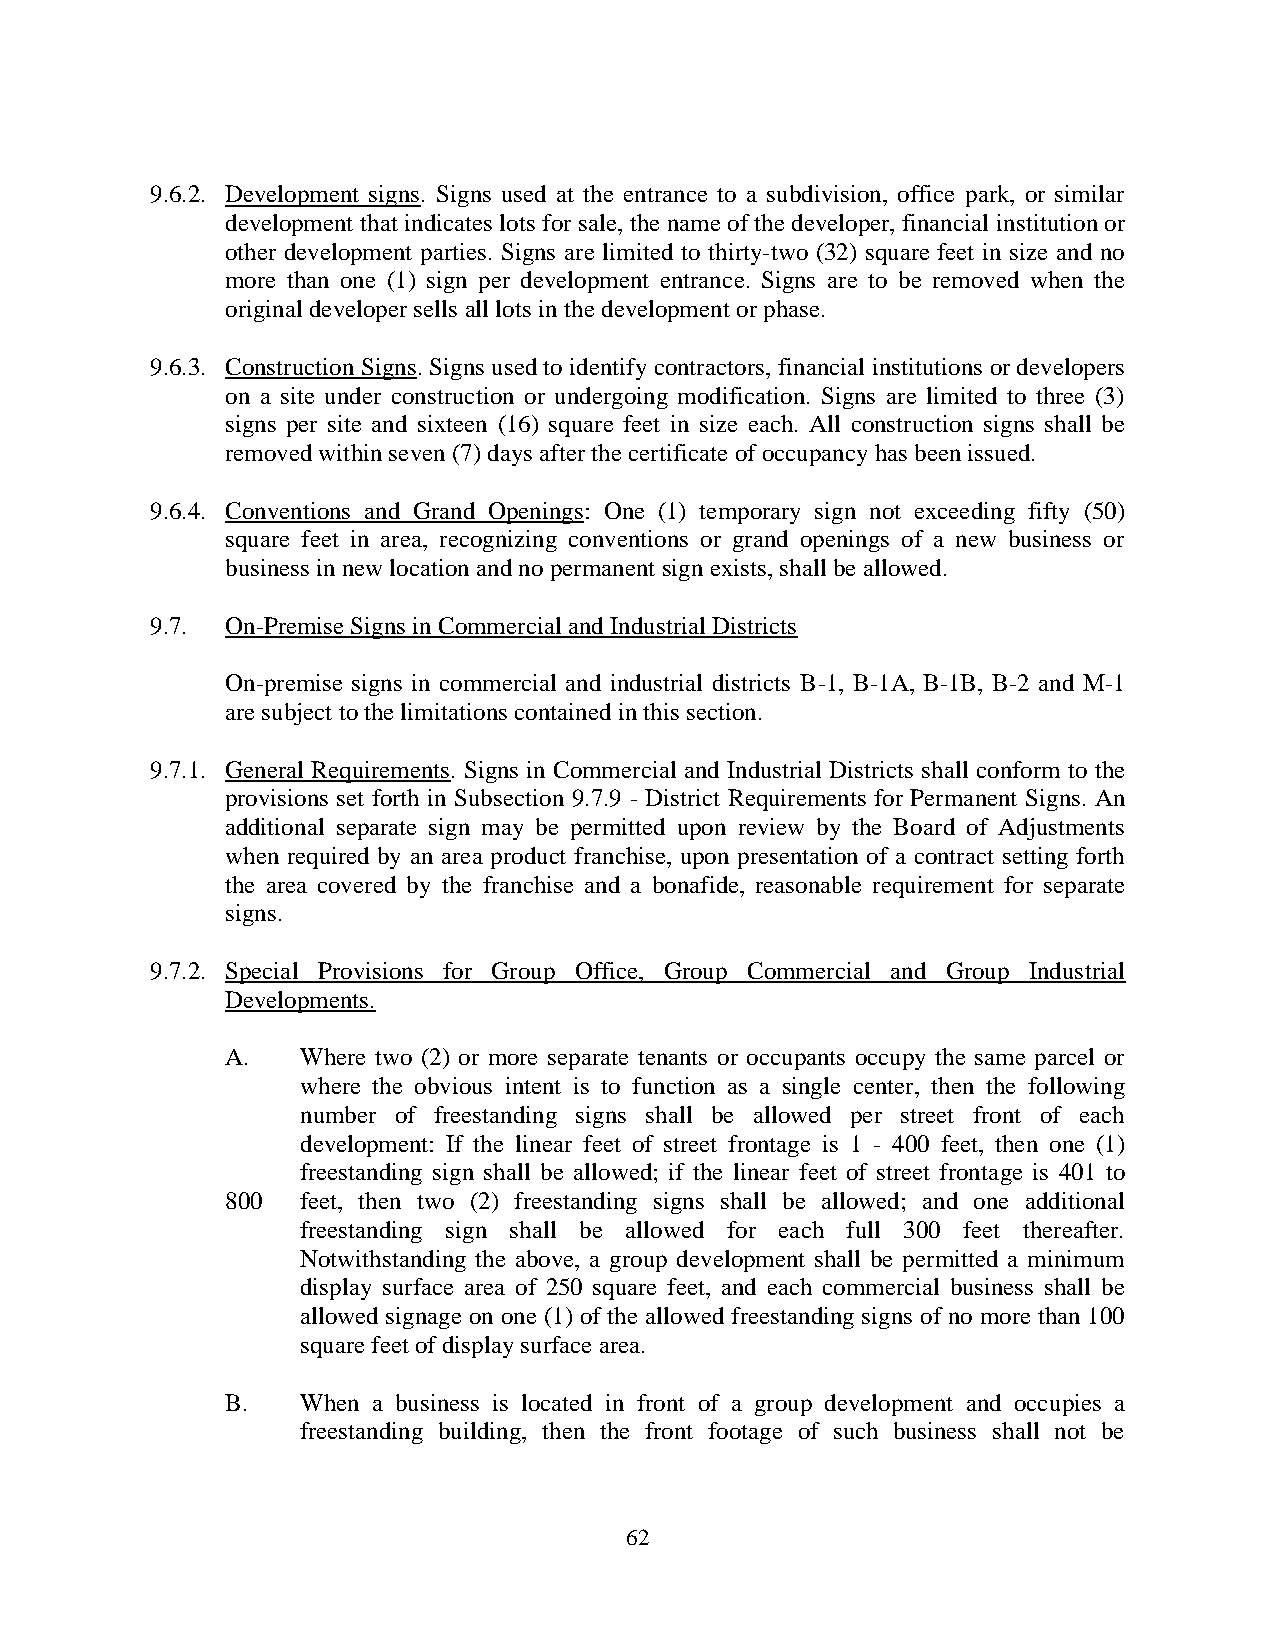
9.6.2. Development signs. Signs used at the entrance to a subdivision, office park, or similar
 development that indicates lots for sale, the name of the developer, financial institution or
 other development parties. Signs are limited to thirty-two (32) square feet in size and no
 more than one (1) sign per development entrance. Signs are to be removed when the
 original developer sells all lots in the development or phase.
 9.6.3. Construction Signs. Signs used to identify contractors, financial institutions or developers
 on a site under construction or undergoing modification. Signs are limited to three (3)
 signs per site and sixteen (16) square feet in size each. All construction signs shall be
 removed within seven (7) days after the certificate of occupancy has been issued.
 9.6.4. Conventions and Grand Openings: One (1) temporary sign not exceeding fifty (50)
 square feet in area, recognizing conventions or grand openings of a new business or
 business in new location and no permanent sign exists, shall be allowed.
 9.7. On-Premise Signs in Commercial and Industrial Districts
 On-premise signs in commercial and industrial districts B-1, B-1A, B-1B, B-2 and M-1
 are subject to the limitations contained in this section.
 9.7.1. General Requirements. Signs in Commercial and Industrial Districts shall conform to the
 provisions set forth in Subsection 9.7.9 - District Requirements for Permanent Signs. An
 additional separate sign may be permitted upon review by the Board of Adjustments
 when required by an area product franchise, upon presentation of a contract setting forth
 the area covered by the franchise and a bonafide, reasonable requirement for separate
 signs.
 9.7.2. Special Provisions for Group Office, Group Commercial and Group Industrial
 Developments.
 A.   Where two (2) or more separate tenants or occupants occupy the same parcel or
 where the obvious intent is to function as a single center, then the following
 number of freestanding signs shall be allowed per street front of each
 development: If the linear feet of street frontage is 1 - 400 feet, then one (1)
 freestanding sign shall be allowed; if the linear feet of street frontage is 401 to
 800  feet, then two (2) freestanding signs shall be allowed; and one additional
 freestanding sign shall be allowed for each full 300 feet thereafter.
 Notwithstanding the above, a group development shall be permitted a minimum
 display surface area of 250 square feet, and each commercial business shall be
 allowed signage on one (1) of the allowed freestanding signs of no more than 100
 square feet of display surface area.
 B.   When a business is located in front of a group development and occupies a
 freestanding building, then the front footage of such business shall not be
 62